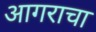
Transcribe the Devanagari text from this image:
आगराचा